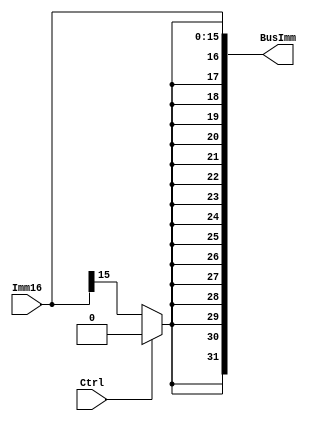
`timescale 1ns / 1ps //Based on the test file

module SignExtender (BusImm, Imm16 , Ctrl ) ;
output [ 31 : 0 ] BusImm; //32-bit output
input [ 15 : 0 ] Imm16 ; //16-bit input
input Ctrl ;

wire extBit ;
assign #1 extBit = ( Ctrl ? 1'b0 : Imm16[15] ) ; //Error in lab, need the first bit to know sign
assign BusImm = {{16{extBit}} , Imm16}; //Extend the 16-bit with the appropriate value based on extBit

endmodule